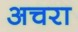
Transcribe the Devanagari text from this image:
अचरा